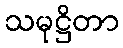
သမုဋ္ဌိတာ